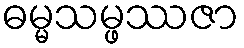
ဓမ္မသမ္ဖဿဇာ